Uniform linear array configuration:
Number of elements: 8
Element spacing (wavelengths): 0.5
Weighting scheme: hann
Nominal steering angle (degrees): -30
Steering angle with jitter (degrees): -31.4
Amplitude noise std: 0.05
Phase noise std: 0.05

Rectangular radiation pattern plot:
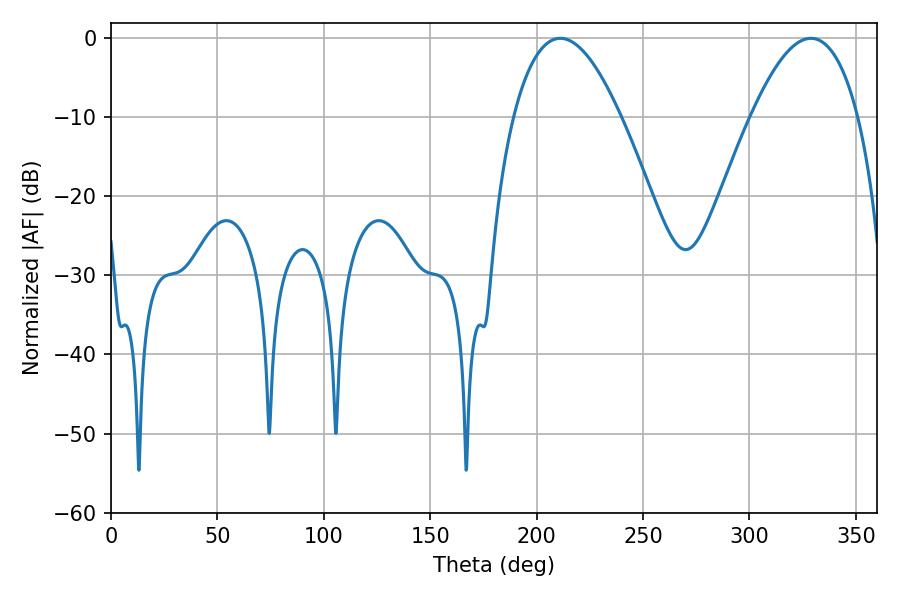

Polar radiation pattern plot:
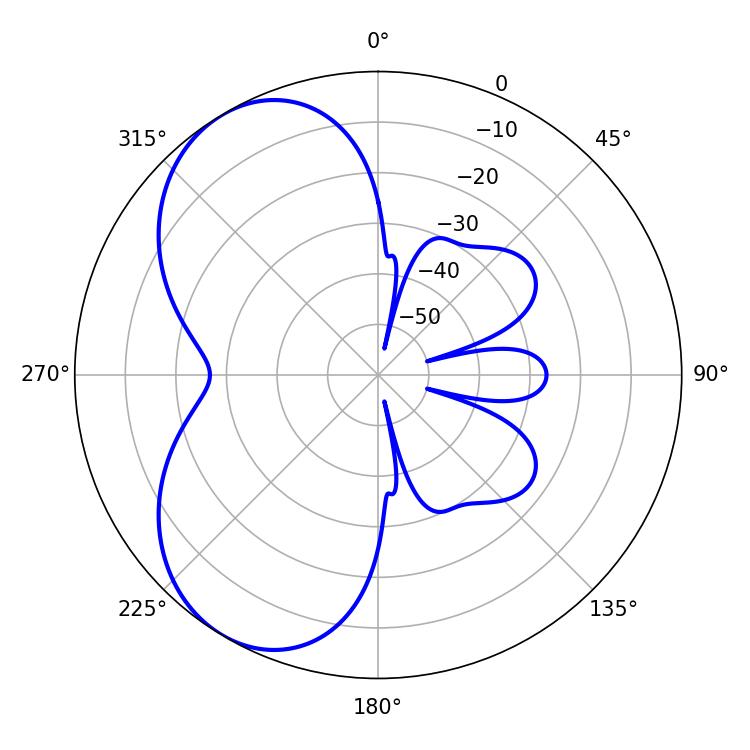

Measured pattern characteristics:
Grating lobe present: FALSE
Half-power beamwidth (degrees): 27.72
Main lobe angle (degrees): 211.14